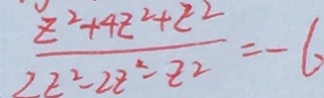
\frac { z ^ { 2 } + 4 z ^ { 2 } + z ^ { 2 } } { 2 z ^ { 2 } - 2 z ^ { 2 } - z ^ { 2 } } = - 6